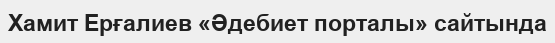
Хамит Ерғалиев «Әдебиет порталы» сайтында